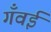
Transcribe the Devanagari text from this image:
गँवईं